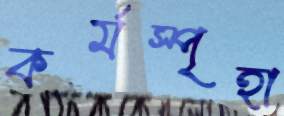
কর্মস্পৃহা